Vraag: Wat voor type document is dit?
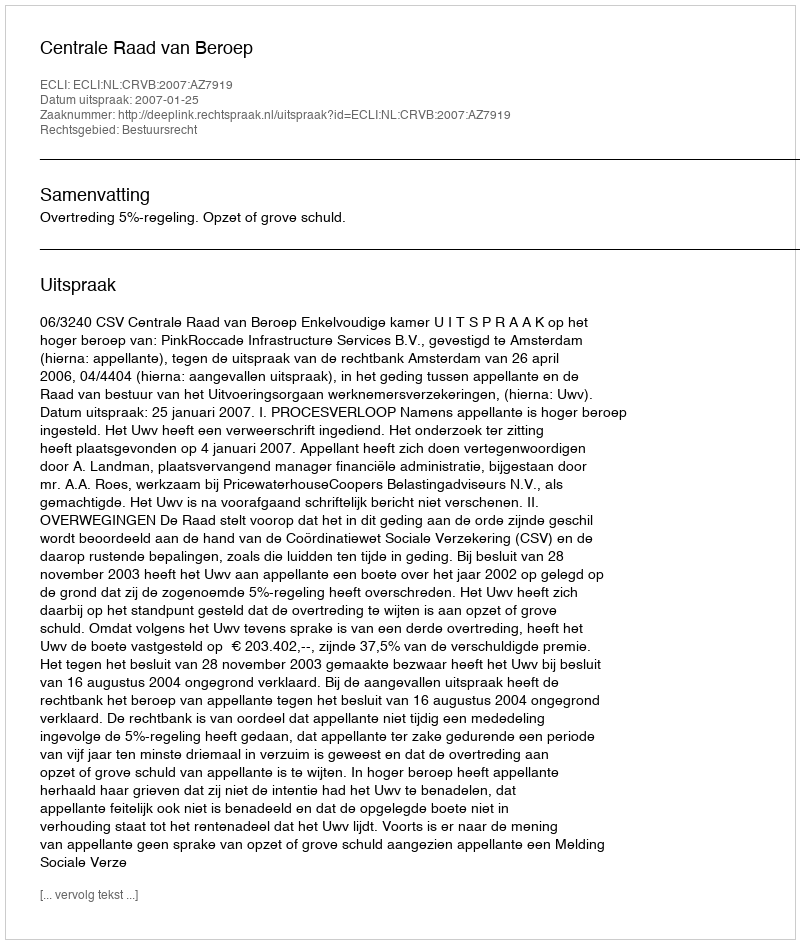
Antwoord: Uitspraak